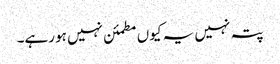
پتہ نہیں یہ کیوں مطمئن نہیں ہو رہے۔